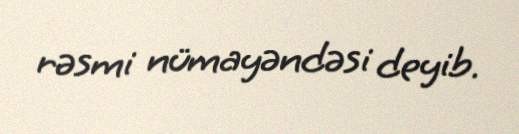
rəsmi nümayəndəsi deyib.